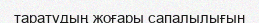
таратудың жоғары сапалылығын